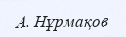
А. Нұрмақов